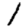
Digit: 1